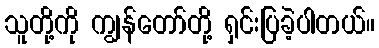
သူတို့ကို ကျွန်တော်တို့ ရှင်းပြခဲ့ပါတယ်။